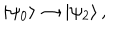
| \psi _ { 0 } \rangle \rightarrow | \psi _ { 2 } \rangle \, ,